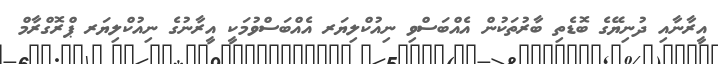
އީރާނާއި ދުނިޔޭގެ ބޮޑެތި ބާރުތަކުން އެއްބަސްވި ނިއުކްލިޔަރ އެއްބަސްވުމަކީ އީރާނުގެ ނިއުކްލިޔަރ ޕްރޮގްރާމް